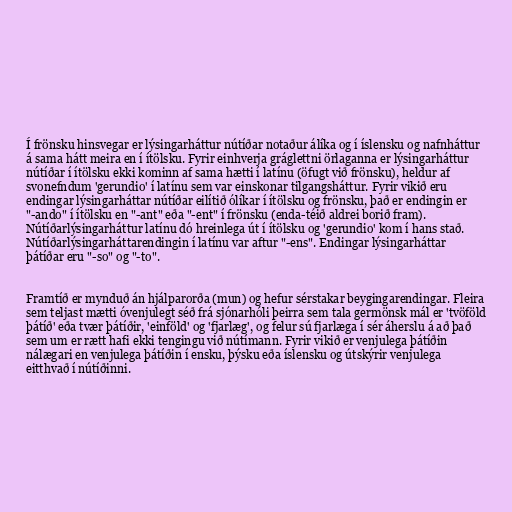
Í frönsku hinsvegar er lýsingarháttur nútíðar notaður álíka og í íslensku og nafnháttur
á sama hátt meira en í ítölsku. Fyrir einhverja gráglettni örlaganna er lýsingarháttur
nútíðar í ítölsku ekki kominn af sama hætti í latínu (öfugt við frönsku), heldur af
svonefndum 'gerundio' í latínu sem var einskonar tilgangsháttur. Fyrir vikið eru
endingar lýsingarháttar nútíðar eilítið ólíkar í ítölsku og frönsku, það er endingin er
"-ando" í ítölsku en "-ant" eða "-ent" í frönsku (enda-téið aldrei borið fram).
Nútíðarlýsingarháttur latínu dó hreinlega út í ítölsku og 'gerundio' kom í hans stað.
Nútíðarlýsingarháttarendingin í latínu var aftur "-ens". Endingar lýsingarháttar
þátíðar eru "-so" og "-to".

Framtíð er mynduð án hjálparorða (mun) og hefur sérstakar beygingarendingar. Fleira
sem teljast mætti óvenjulegt séð frá sjónarhóli þeirra sem tala germönsk mál er 'tvöföld
þátíð' eða tvær þátíðir, 'einföld' og 'fjarlæg', og felur sú fjarlæga í sér áherslu á að það
sem um er rætt hafi ekki tengingu við nútímann. Fyrir vikið er venjulega þátíðin
nálægari en venjulega þátíðin í ensku, þýsku eða íslensku og útskýrir venjulega
eitthvað í nútíðinni.